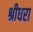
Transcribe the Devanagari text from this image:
श्रीधरा